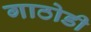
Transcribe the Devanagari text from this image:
गाठोडी